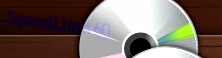
SpeedLimit60